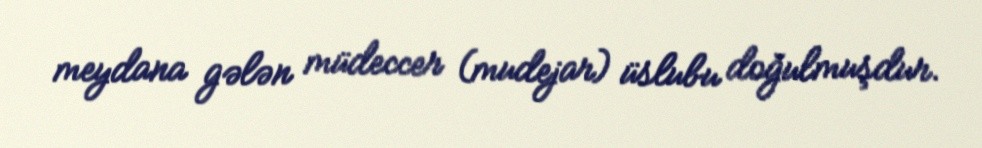
meydana gələn müdeccer (mudejar) üslubu doğulmuşdur.